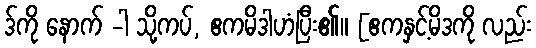
ဒ်ကို နောက် -ါ သို့ကပ်, ဧကမိဒါဟံပြီး၏။ [ဧကနှင့်မိဒကို လည်း